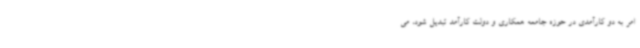
امر به دو کارآمدی در حوزه جامعه همکاری و دولت کارآمد تبدیل شود، می